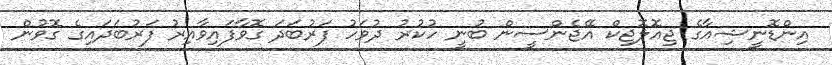
އިންޑޮނީޝިއާގެ ޖިއޮލޮޖިކް އޭޖެންސީން ބުނީ ހުކުރު ދުވަހު ފަރުބަދަ ގޮވާފައިވާއިރު ފަރުބަދައިގެ ގޮވުން